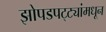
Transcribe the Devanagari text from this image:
झोपडपट्ट्यांमधून